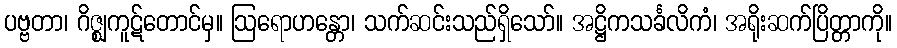
ပဗ္ဗတာ၊ ဂိဇ္ဈကူဋ်တောင်မှ။ ဩရောဟန္တော၊ သက်ဆင်းသည်ရှိသော်။ အဋ္ဌိကသင်္ခလိကံ၊ အရိုးဆက်ပြိတ္တာကို။